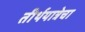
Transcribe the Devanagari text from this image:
तीर्थयात्रेचा